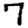
Digit: 7